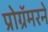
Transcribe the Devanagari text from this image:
प्रोग्रॅमरने